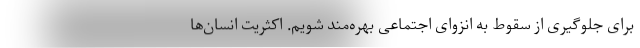
برای جلوگیری از سقوط به انزوای اجتماعی بهره‌مند شویم. اکثریت انسان‌ها